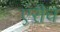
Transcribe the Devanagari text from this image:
एंरीच